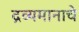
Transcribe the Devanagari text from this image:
द्रव्यमानाचे